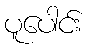
ပူပေါင်း